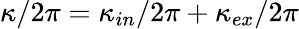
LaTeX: \kappa/2\pi=\kappa_{in}/2\pi+\kappa_{ex}/2\pi